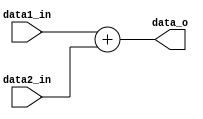
module Adder
(
    data1_in,
    data2_in,
    data_o
);

// Interface
input   [31:0] data1_in,data2_in;
output  [31:0] data_o;

assign  data_o = data1_in + data2_in ;

endmodule